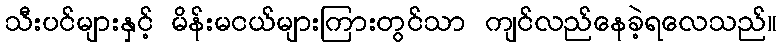
သီးပင်များနှင့် မိန်းမငယ်များကြားတွင်သာ ကျင်လည်နေခဲ့ရလေသည်။